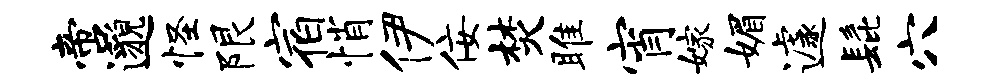
啻邈怪限宿悄伊佞焚雎宵嫁媚遽髭穴